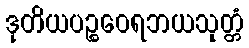
ဒုတိယပဉ္စဝေရဘယသုတ္တံ